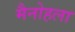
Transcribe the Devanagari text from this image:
मैनोहला